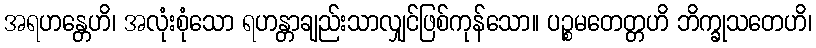
အရဟန္တေဟိ၊ အလုံးစုံသော ရဟန္တာချည်းသာလျှင်ဖြစ်ကုန်သော။ ပဉ္စမတေတ္တဟိ ဘိက္ခုသတေဟိ၊